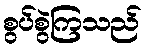
စွပ်စွဲကြသည်